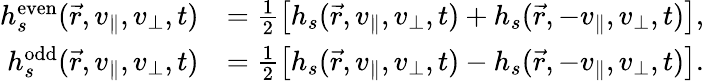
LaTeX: \begin{array}{rl}{h_{s}^{\mathrm{even}}(\vec{r},v_{\parallel},v_{\perp},t)}&{=\frac{1}{2}\left[h_{s}(\vec{r},v_{\parallel},v_{\perp},t)+h_{s}(\vec{r},-v_{\parallel},v_{\perp},t)\right],}\\ {h_{s}^{\mathrm{odd}}(\vec{r},v_{\parallel},v_{\perp},t)}&{=\frac{1}{2}\left[h_{s}(\vec{r},v_{\parallel},v_{\perp},t)-h_{s}(\vec{r},-v_{\parallel},v_{\perp},t)\right].}\end{array}